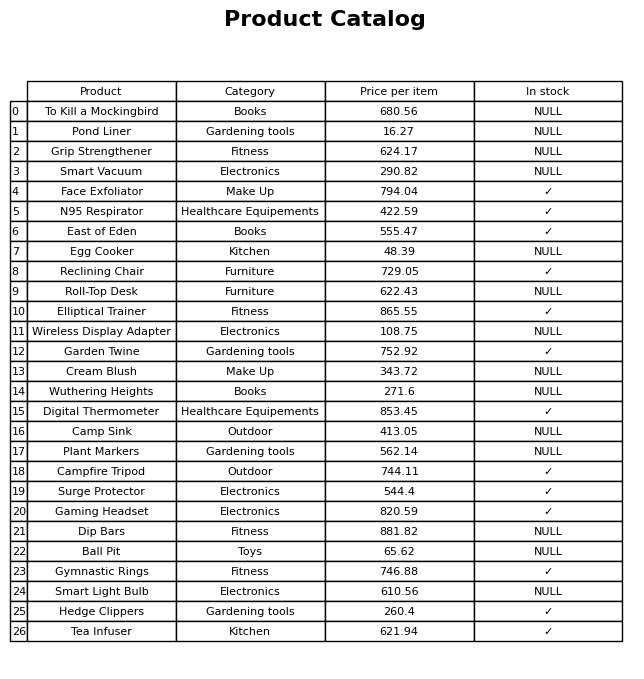
question: What is the price of the Reclining Chair?
answer: The price of Reclining Chair is 729.05.